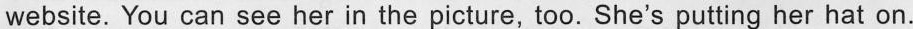
website. You can see her in the picture, too. She's putting her hat on.